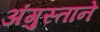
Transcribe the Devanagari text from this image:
अंगुस्ताने